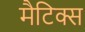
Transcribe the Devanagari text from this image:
मैटिक्स